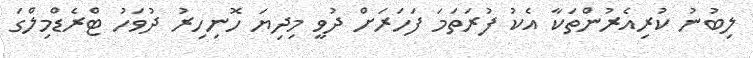
ލިބުނު ކުރިއެރުންތަކާ އެކު ފުރަތަމަ ފަަހަރަށް ދުވީ މިދިޔަ ހޮނިހިރު ދުވަހު ޓްރެޑްމިލްގަ